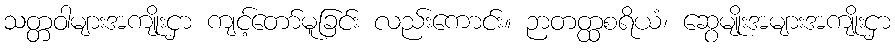
သတ္တဝါများအကျိုးငှာ ကျင့်တော်မူခြင်း လည်းကောင်း။ ဉာတတ္ထစရိယံ၊ ဆွေမျိုးအများအကျိုးငှာ